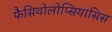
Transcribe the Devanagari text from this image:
फैसियोलोप्सियासिस